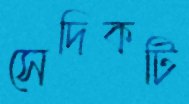
সেদিকটি